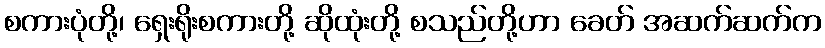
စကားပုံတို့၊ ရှေးရိုးစကားတို့ ဆိုထုံးတို့ စသည်တို့ဟာ ခေတ် အဆက်ဆက်က